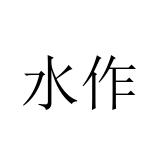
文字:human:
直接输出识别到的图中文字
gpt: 水作